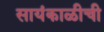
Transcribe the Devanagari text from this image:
सायंकाळीची